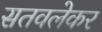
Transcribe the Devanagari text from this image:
सतवलेकर